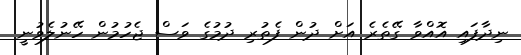
ނިދާފައި އޮއްވާ ގޭތެރެ އަށް ދުން ފެތުރި ދުމުގެ ވަސް ޖެހުމުން ހޭނުލެވުނީ